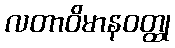
လတာဝိမာနဝတ္ထု